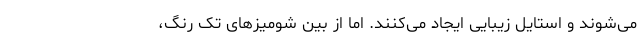
می‌شوند و استایل زیبایی ایجاد می‌کنند. اما از بین شومیزهای تک رنگ،